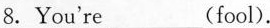
8.You're___(fool).